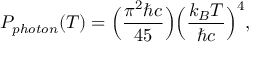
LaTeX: P _ { p h o t o n } ( T ) = \Big ( { \frac { \pi ^ { 2 } \hbar c } { 4 5 } } \Big ) \Big ( { \frac { k _ { B } T } { \hbar c } } \Big ) ^ { 4 } ,